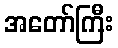
အတော်ကြီး